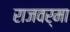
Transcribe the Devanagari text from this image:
राजवर्मा